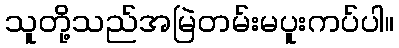
သူတို့သည်အမြဲတမ်းမပူးကပ်ပါ။